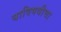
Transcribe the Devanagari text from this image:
याविषयीचा